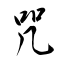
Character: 咒